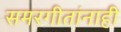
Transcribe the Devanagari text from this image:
समरगीतांनाही